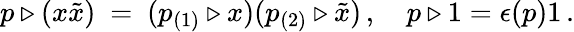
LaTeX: p\triangleright(x\tilde{x})\ =\ (p_{(1)}\triangleright x)(p_{(2)}\triangleright\tilde{x})\, ,\quad p\triangleright 1=\epsilon(p)1\, .